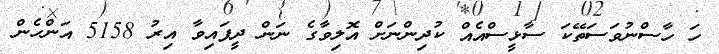
ހަ ހާސްނުވަސަތޭކަ ސާޅީސްއެއް ކުދިންނަށް އޮލިވާގެ ނަން ދީފައިވާ އިރު 5158 އަންހެން